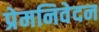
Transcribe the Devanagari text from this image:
प्रेमनिवेदन